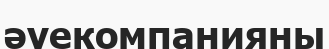
әуекомпанияны